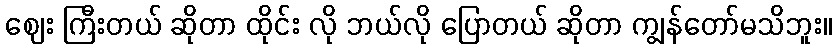
ဈေး ကြီးတယ် ဆိုတာ ထိုင်း လို ဘယ်လို ပြောတယ် ဆိုတာ ကျွန်တော်မသိဘူး။